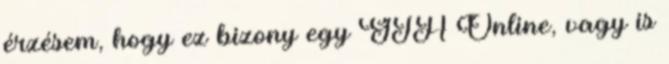
érzésem, hogy ez bizony egy GTA Online, vagy is